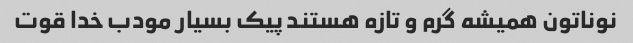
نوناتون همیشه گرم و تازه هستند پیک بسیار مودب خدا قوت